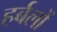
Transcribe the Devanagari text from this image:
हर्बलों